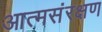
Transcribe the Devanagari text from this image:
आत्मसंरक्षण